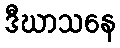
ဒီဃာသနေ